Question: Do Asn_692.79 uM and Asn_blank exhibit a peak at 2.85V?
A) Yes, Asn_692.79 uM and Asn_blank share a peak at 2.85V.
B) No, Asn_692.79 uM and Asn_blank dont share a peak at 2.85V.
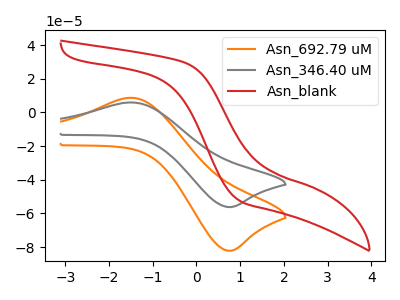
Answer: <think>The orange curve "Asn_692.79 uM" has an anodic peak at (-1.50V, 8.70uA) and a cathodic peak at (0.75V, -82.15uA). The gray curve "Asn_346.40 uM" has an anodic peak at (-1.50V, 5.95uA) and a cathodic peak at (0.75V, -56.20uA). The red curve "Asn_blank" has no peaks.</think>
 <answer>B) No, "Asn_692.79 uM" and "Asn_blank" dont share a peak at 2.85V.</answer>
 <eval>B</eval>